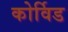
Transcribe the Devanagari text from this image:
कोर्विड